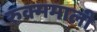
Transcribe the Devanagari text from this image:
रुक्ममाली